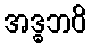
အဒ္ဓဘဝိ